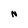
Character: N